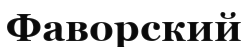
Фаворский